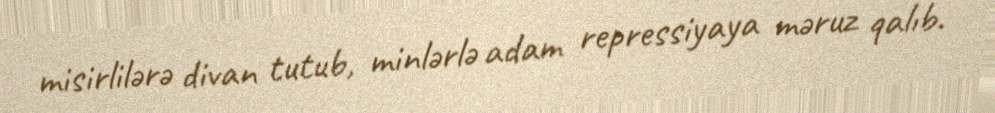
misirlilərə divan tutub, minlərlə adam repressiyaya məruz qalıb.